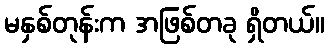
မနှစ်တုန်းက အဖြစ်တခု ရှိတယ်။